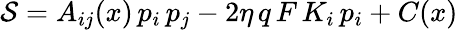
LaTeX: {\cal S}=A_{ij}(x)\, p_{i}\, p_{j}-2\eta\, q\, F\, K_{i}\, p_{i}+C(x)